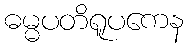
ဓမ္မပတိရူပကေန